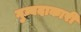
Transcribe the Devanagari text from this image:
गुम्बदाकारी